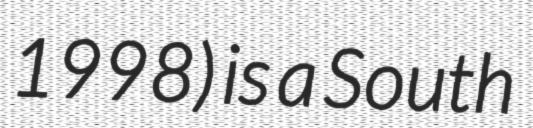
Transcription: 1998) is a South